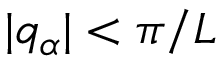
| q _ { \alpha } | < \pi / L